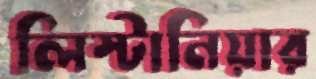
লিস্টানিয়ার